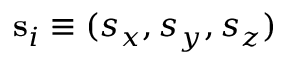
\mathbf { s } _ { i } \equiv ( s _ { x } , s _ { y } , s _ { z } )